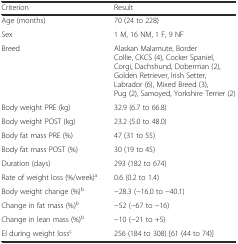
<table><thead><tr><td><b>Criterion</b></td><td><b>Result</b></td></tr></thead><tbody><tr><td>Age (months)</td><td>70 (24 to 228)</td></tr><tr><td>Sex</td><td>1 M, 16 NM, 1 F, 9 NF</td></tr><tr><td>Breed</td><td>Alaskan Malamute, Border Collie, CKCS (4), Cocker Spaniel, Corgi, Dachshund, Doberman (2), Golden Retriever, Irish Setter, Labrador (6), Mixed Breed (3), Pug (2), Samoyed, Yorkshire Terrier (2)</td></tr><tr><td>Body weight PRE (kg)</td><td>32.9 (6.7 to 66.8)</td></tr><tr><td>Body weight POST (kg)</td><td>23.2 (5.0 to 48.0)</td></tr><tr><td>Body fat mass PRE (%)</td><td>47 (31 to 55)</td></tr><tr><td>Body fat mass POST (%)</td><td>30 (19 to 45)</td></tr><tr><td>Duration (days)</td><td>293 (182 to 674)</td></tr><tr><td>Rate of weight loss (%/week)<sup>a</sup></td><td>0.6 (0.2 to 1.4)</td></tr><tr><td>Body weight change (%)<sup>b</sup></td><td>−28.3 (−16.0 to −40.1)</td></tr><tr><td>Change in fat mass (%)<sup>b</sup></td><td>−52 (−67 to −16)</td></tr><tr><td>Change in lean mass (%)<sup>b</sup></td><td>−10 (−21 to +5)</td></tr><tr><td>EI during weight loss<sup>c</sup></td><td>256 (184 to 308) [61 (44 to 74)]</td></tr></tbody></table>